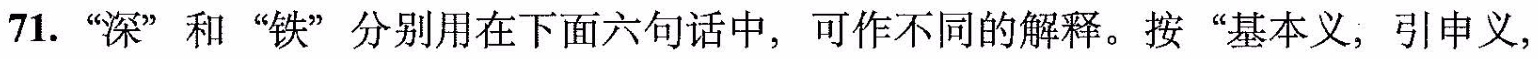
71.”深”和”铁”分别用在下面六句话中，可作不同的解释。按”基本义，引申义，